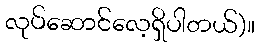
လုပ်ဆောင်လေ့ရှိပါတယ်)။